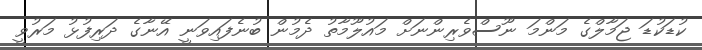
ކުޑަކުޑަ ޖަމާލްގެ މަންމަ ނޫސްވެރިންނަށް މައުލޫމާތު ދެމުން ބުނެފައިވަނީ އޭނާގެ ދަރިފުޅު މަރުވީ